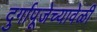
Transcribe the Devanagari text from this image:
दुर्गापूजेच्यावेळी